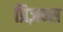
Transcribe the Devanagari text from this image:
प्रिज़न्स